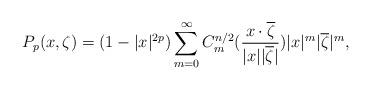
LaTeX: \begin{align*}P_p(x,\zeta)=(1-|x|^{2p}) \sum_{m=0}^{\infty}C^{n/2}_m(\frac{x\cdot\overline{\zeta}}{|x||\overline{\zeta}|})|x|^m|\overline{\zeta}|^m,\end{align*}